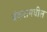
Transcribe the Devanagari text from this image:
बंकरामधील